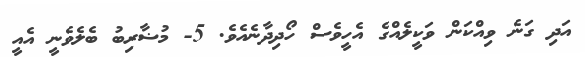
އަދި ގަނެ ވިއްކަން ވަކީލެއްގެ އެހީވެސް ހޯދިދާނެއެވެ. 5- މުޟާރިބު ބެލެވެނީ އެއީ